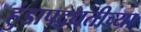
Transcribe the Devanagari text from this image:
हुंडापद्धतीच्या